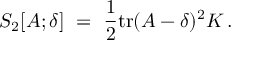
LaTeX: S _ { 2 } [ A ; \delta ] ~ = ~ \frac { 1 } { 2 } \mathrm { t r } ( A - \delta ) ^ { 2 } K \, .